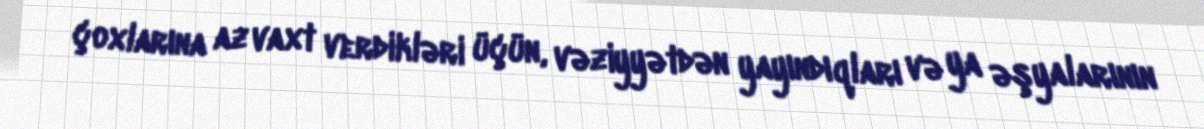
çoxlarına az vaxt verdikləri üçün, vəziyyətdən yayındıqları və ya əşyalarının